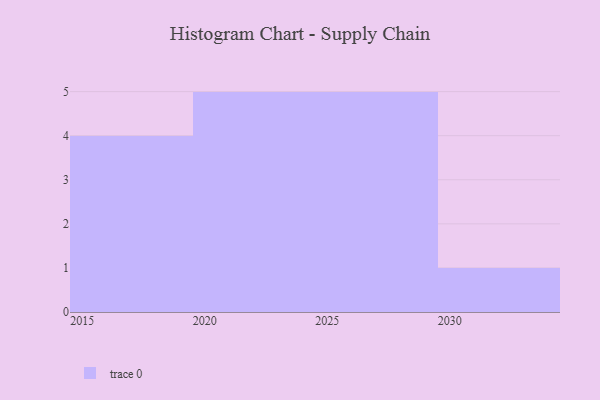
{"axis": {"x": "Year", "y": "Churn Rate (%)"}, "legend": [""], "data": [{"x": "2023", "y": 66, "type": ""}, {"x": "2015", "y": 29, "type": ""}, {"x": "2019", "y": 67, "type": ""}, {"x": "2017", "y": 35, "type": ""}, {"x": "2029", "y": 39, "type": ""}, {"x": "2030", "y": 56, "type": ""}, {"x": "2025", "y": 62, "type": ""}, {"x": "2028", "y": 31, "type": ""}, {"x": "2027", "y": 27, "type": ""}, {"x": "2022", "y": 13, "type": ""}, {"x": "2021", "y": 43, "type": ""}, {"x": "2016", "y": 69, "type": ""}, {"x": "2026", "y": 88, "type": ""}, {"x": "2020", "y": 65, "type": ""}, {"x": "2024", "y": 53, "type": ""}]}